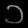
Digit: ၁